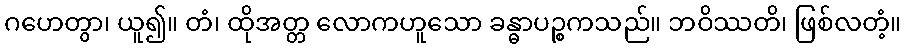
ဂဟေတွာ၊ ယူ၍။ တံ၊ ထိုအတ္တ လောကဟူသော ခန္ဓာပဉ္စကသည်။ ဘဝိဿတိ၊ ဖြစ်လတံ့။